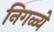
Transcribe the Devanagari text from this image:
निगळ्ये